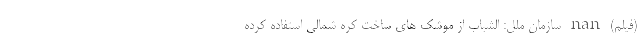
(فیلم) nan سازمان ملل: الشباب از موشک های ساخت کره شمالی استفاده کرده